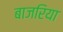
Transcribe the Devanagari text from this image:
बाजरिया